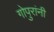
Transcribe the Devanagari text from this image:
गोपुरांनी